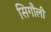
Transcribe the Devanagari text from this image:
सिगौली